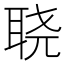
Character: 𮶓